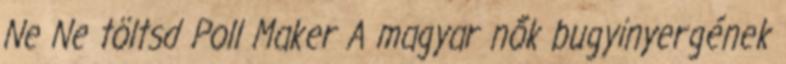
Ne Ne töltsd Poll Maker A magyar nők bugyinyergének